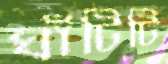
ঘাঁটিটি